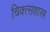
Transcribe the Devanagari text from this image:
चिक्त्सशास्त्र